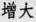
增大